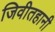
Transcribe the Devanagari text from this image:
जिवीतहानी